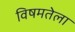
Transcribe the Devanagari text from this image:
विषमतेला